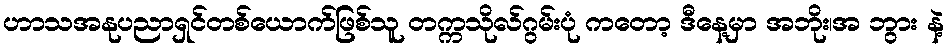
ဟာသအနုပညာရှင်တစ်ယောက်ဖြစ်သူ တက္ကသိုလ်ဂွမ်းပုံ ကတော့ ဒီနေ့မှာ အဘိုး၊အ ဘွား နဲ့